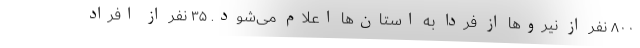
۸۰۰ نفر از نیروها از فردا به استان‌ها اعلام می‌شود. ۳۵ نفر از افراد